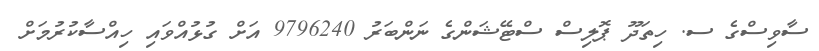
ސާވިސްގެ ސ. ހިތަދޫ ޕޮލިސް ސްޓޭޝަންގެ ނަންބަރު 9796240 އަށް ގުޅުއްވައި ހިއްސާކުރުމަށް